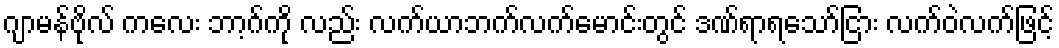
ဂျာမန်ဗိုလ် ကလေး ဘာ့ဂ်ကို လည်း လက်ယာဘက်လက်မောင်းတွင် ဒဏ်ရာရသော်ငြား လက်ဝဲလက်ဖြင့်